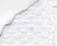
إنها